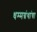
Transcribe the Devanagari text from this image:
धम्मग्रंथांचा